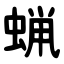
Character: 蝋